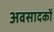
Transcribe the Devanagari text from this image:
अवसादकों